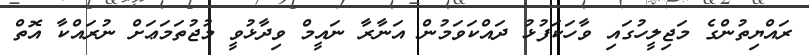
ރައްޔިތުންގެ މަޖިލީހުގައި ވާހަކަފުޅު ދައްކަވަމުން އަނާރާ ނައީމް ވިދާޅުވީ މުޖުތަމަޢަށް ނުރައްކާ އޮތް